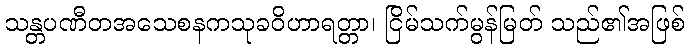
သန္တပဏီတအသေစနကသုခဝိဟာရတ္တာ၊ ငြိမ်သက်မွန်မြတ် သည်၏အဖြစ်